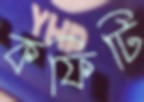
কফিটি